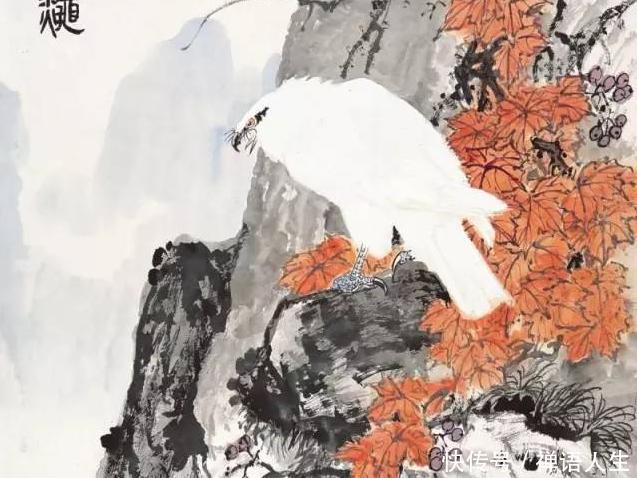
兰有秀兮菊有芳，怀佳人兮不能忘。